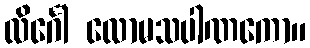
လိင်္ဂေါ လောမသပါဏကော။